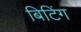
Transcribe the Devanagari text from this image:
बिटिंग